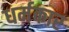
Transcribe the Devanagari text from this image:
धर्मकार